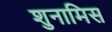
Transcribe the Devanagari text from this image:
शुनामिस